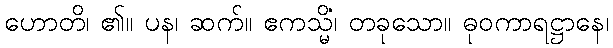
ဟောတိ၊ ၏။ ပန၊ ဆက်။ ဧကသ္မိံ၊ တခုသော။ ဓုဝကာရဋ္ဌာနေ၊